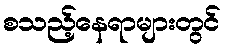
စသည့်နေရာများတွင်